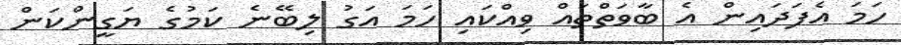
ހަމަ އެފަދައިން އެ ބާވަތްތައް ވިއްކައި ހަަމަ އަގު ލިބޭނެ ކަމުގެ ޔަގީންކަން